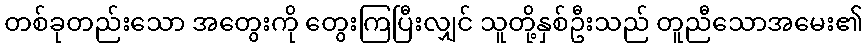
တစ်ခုတည်းသော အတွေးကို တွေးကြပြီးလျှင် သူတို့နှစ်ဦးသည် တူညီသောအမေး၏